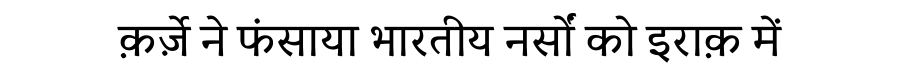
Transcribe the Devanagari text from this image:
क़र्ज़े ने फंसाया भारतीय नर्सों को इराक़ में